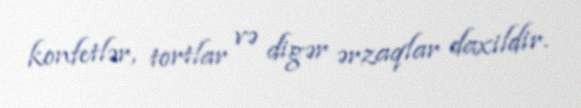
konfetlər, tortlar və digər ərzaqlar daxildir.